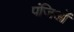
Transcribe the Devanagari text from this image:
पंजिओं